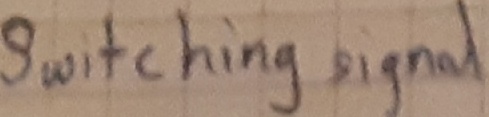
Text: switching signal